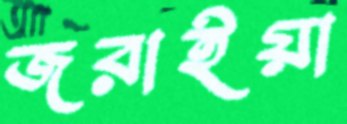
জরাইয়া